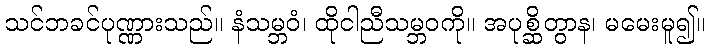
သင်ဘခင်ပုဏ္ဏားသည်။ နံသမ္ဘဝံ၊ ထိုငါညီသမ္ဘဝကို။ အပုစ္ဆိတွာန၊ မမေးမူ၍။